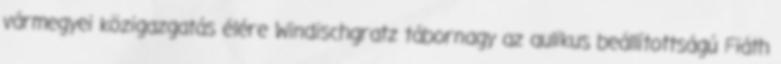
vármegyei közigazgatás élére Windischgratz tábornagy az aulikus beállítottságú Fiáth